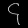
Digit: ၄